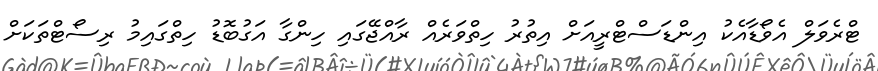
ޓްރެވަލް އެވޯޑާއެކު އިންޑަސްޓްރީއަށް އިތުރު ހިތްވަރެއް ރާއްޖޭގައި ހިންގާ އަގުބޮޑު ހިތްގައިމު ރިސޯޓްތަކަށް